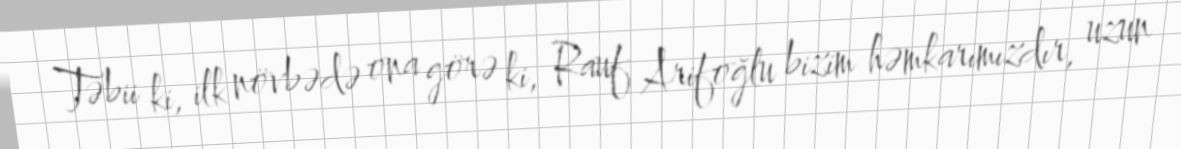
Təbii ki, ilk növbədə ona görə ki, Rauf Arifoğlu bizim həmkarımızdır, uzun